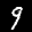
Label: 9